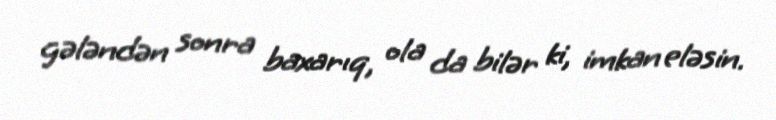
gələndən sonra baxarıq, ola da bilər ki, imkan eləsin.